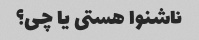
ناشنوا هستی یا چی؟